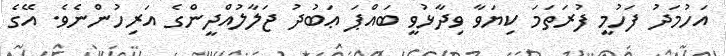
އަހުމަދު ފަހުމީ ފުރަތަމަ ކިޔަވާ ވިދާޅުވީ ބައްޕަ ޢަބުދު ޖަލާލުއްދީންގެ އަރިހުންނެވެ. އޭގެ